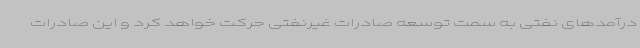
درآمدهای نفتی به سمت توسعه صادرات غیرنفتی حرکت خواهد کرد و این صادرات